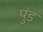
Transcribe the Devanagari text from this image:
पुंड